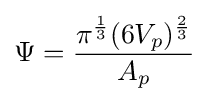
\Psi ={\frac {\pi ^{\frac {1}{3}}(6V_{p})^{\frac {2}{3}}}{A_{p}}}